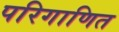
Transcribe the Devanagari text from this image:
परिगाणित